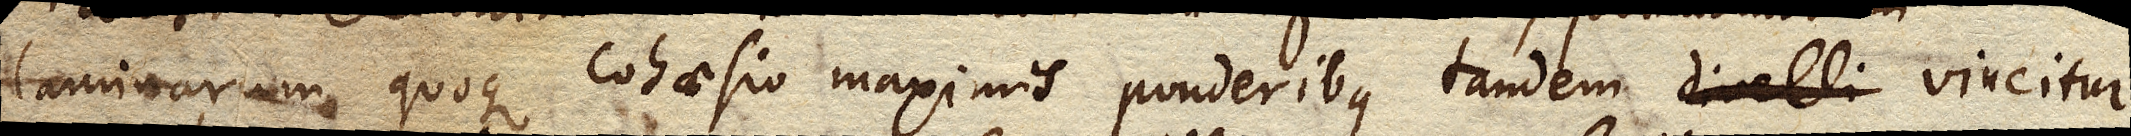
laminarum quoque cohaesio maximis ponderibus tandem divelli vincitur,